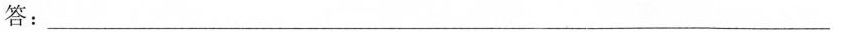
答：___